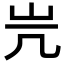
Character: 𡵂